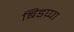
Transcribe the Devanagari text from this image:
बिडप्पा